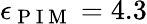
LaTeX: \epsilon_{\mathrm{~P~I~M~}}=4.3